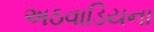
અઠવાડિયના